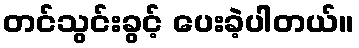
တင်သွင်းခွင့် ပေးခဲ့ပါတယ်။